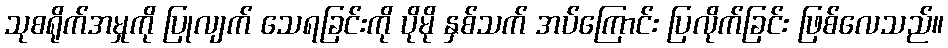
သုစရိုက်အမှုကို ပြုလျက် သေရခြင်းကို ပိုမို နှစ်သက် အပ်ကြောင်း ပြလိုက်ခြင်း ဖြစ်လေသည်။